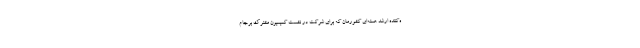
ه‌کننده ارشد هسته‌ای کشورمان که برای شرکت در نشست کمیسیون مشترک برجام